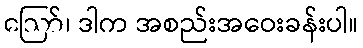
ဪ၊ ဒါက အစည်းအဝေးခန်းပါ။